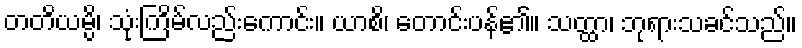
တတိယမ္ပိ၊ သုံးကြိမ်လည်းကောင်း။ ယာစိ၊ တောင်းပန်၏။ သတ္ထာ၊ ဘုရားသခင်သည်။